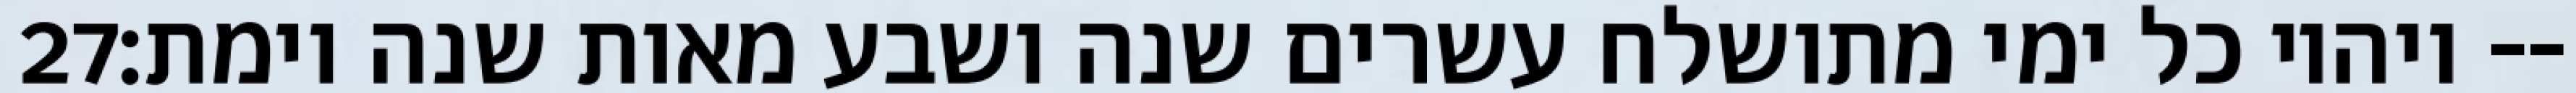
‎27‏ ויהיו כל ימי מתושלח עשרים שנה ושבע מאות שנה וימת׃--